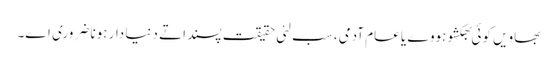
بھاویں کوئی بھکشو ہووے یا عام آدمی، سب لئی حقیقت پسند اتے دنیا دار ہونا ضروری اے۔